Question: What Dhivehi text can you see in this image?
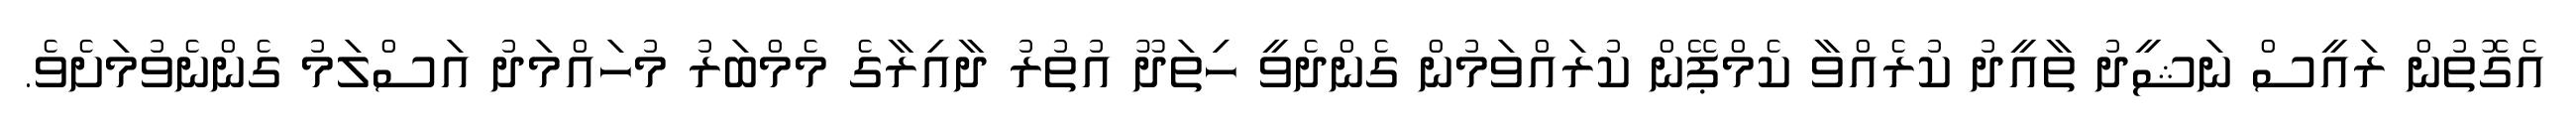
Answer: އެގޮތުން ރައީސް ނަޝީދު ތާއީދު ކުރެއްވާ ކެމްޕޭން ކުރައްވަމުން ގެންދެވީ ހިތަދޫ އުތުރު ދާއިރާގެ މެމްބަރު މުހައްމަދު އަސްލަމު ގެންނެވުމަށެވެ.